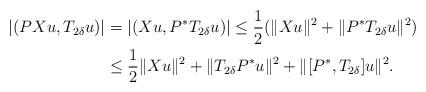
LaTeX: \begin{align*}|(PXu, T_{2\delta}u)| & = |(Xu, P^*T_{2\delta}u)|\leq \frac12(\|Xu\|^2+\|P^*T_{2\delta}u\|^2)\\& \leq \frac12 \|Xu\|^2+\|T_{2\delta}P^*u\|^2+\|[P^*,T_{2\delta}]u\|^2. \end{align*}